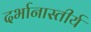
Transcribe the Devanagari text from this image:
दर्भानास्तीर्य